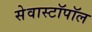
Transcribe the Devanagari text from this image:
सेवास्टॉपॉल